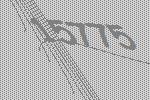
15775